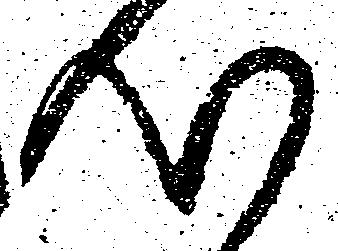
心